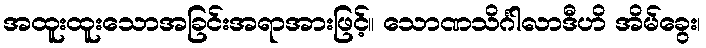
အထူးထူးသောအခြင်းအရာအားဖြင့်။ သောဏသိင်္ဂါလာဒီဟိ အိမ်ခွေး၊